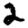
Digit: 2